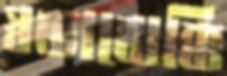
স্বভাবোক্তি